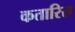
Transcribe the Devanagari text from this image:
कतारिस